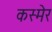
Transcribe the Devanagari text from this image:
कस्मेर